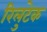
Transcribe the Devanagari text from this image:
रिलुटेक